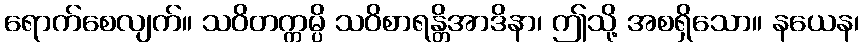
ရောက်စေလျက်။ သဝိတက္ကမ္ပိ သဝိစာရန္တိအာဒိနာ၊ ဤသို့ အစရှိသော။ နယေန၊